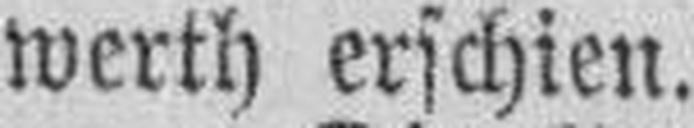
werth erschien.